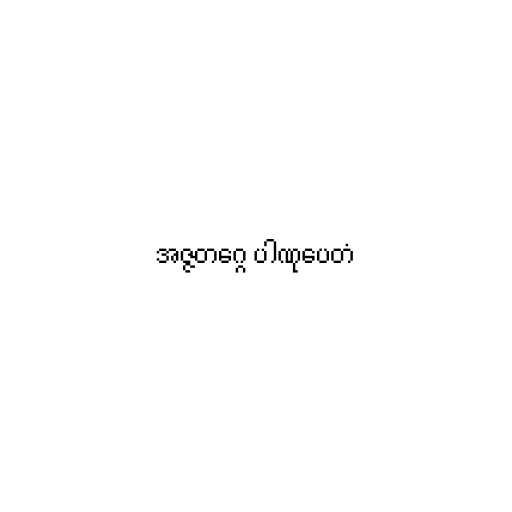
အဇ္ဇတဂ္ဂေ ပါဏုပေတံ